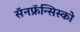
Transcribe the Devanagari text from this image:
सॅनफ्रॅन्सिस्को